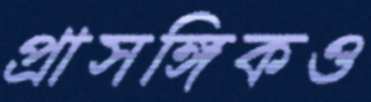
প্রাসঙ্গিকও